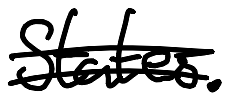
Text: States.
Cross-out: double-line
Writing tool: digital_black